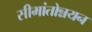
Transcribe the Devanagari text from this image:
सीमांतोन्नयन